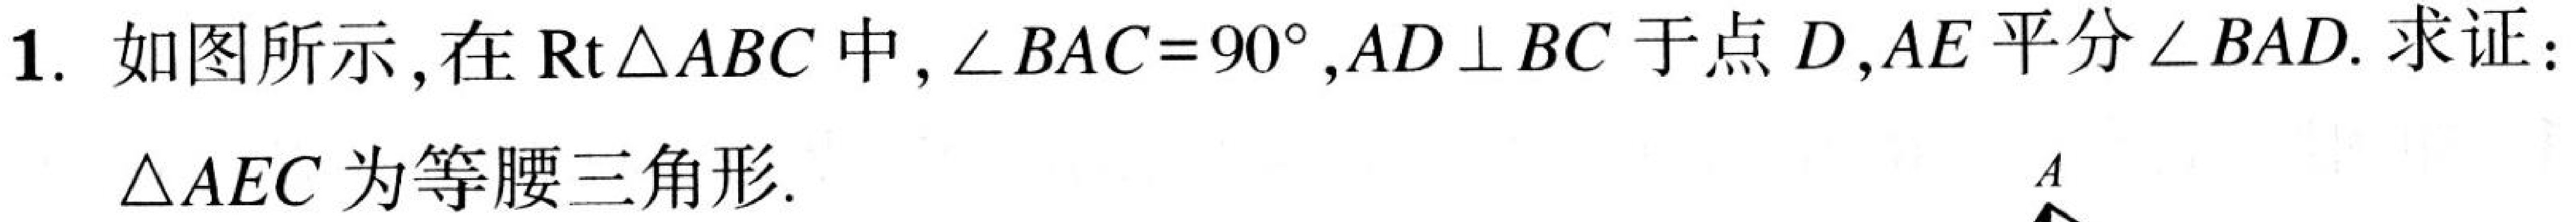
1. 如图所示,在\(\text{Rt}\triangle ABC\)中,\(\angle BAC = 90^{\circ}\),\(AD\perp BC\)于点\(D\),\(AE\)平分\(\angle BAD\). 求证:

\(\triangle AEC\)为等腰三角形.